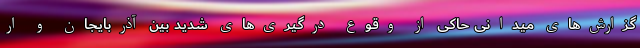
گزارش‌های میدانی ‌حاکی از وقوع درگیری‌های شدید بین آذربایجان و ار